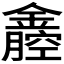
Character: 𨭒